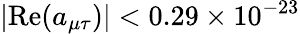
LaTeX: |\mathrm{Re}(a_{\mu\tau})|<0.29\times 10^{-23}